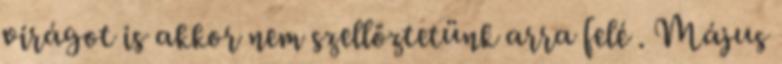
virágot is akkor nem szellőztetünk arra felé . Május